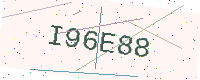
Text: I96E88